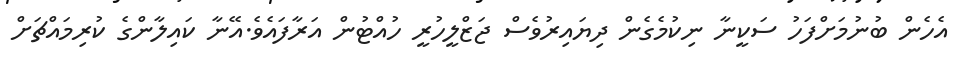
އެހެން ބުނުމަށްފަހު ސަކީނާ ނިކުމެގެން ދިޔައިރުވެސް ޖަޒްލީހުރީ ހުއްޓުން އަރާފައެވެ.އޭނާ ކައިލާންގެ ކުރިމައްޗަށް